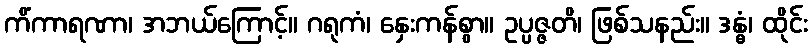
ကိံကာရဏာ၊ အဘယ်ကြောင့်။ ဂရုကံ၊ နှေးကန်စွာ။ ဥပ္ပဇ္ဇတိ၊ ဖြစ်သနည်း။ ဒန္ဓံ၊ ထိုင်း